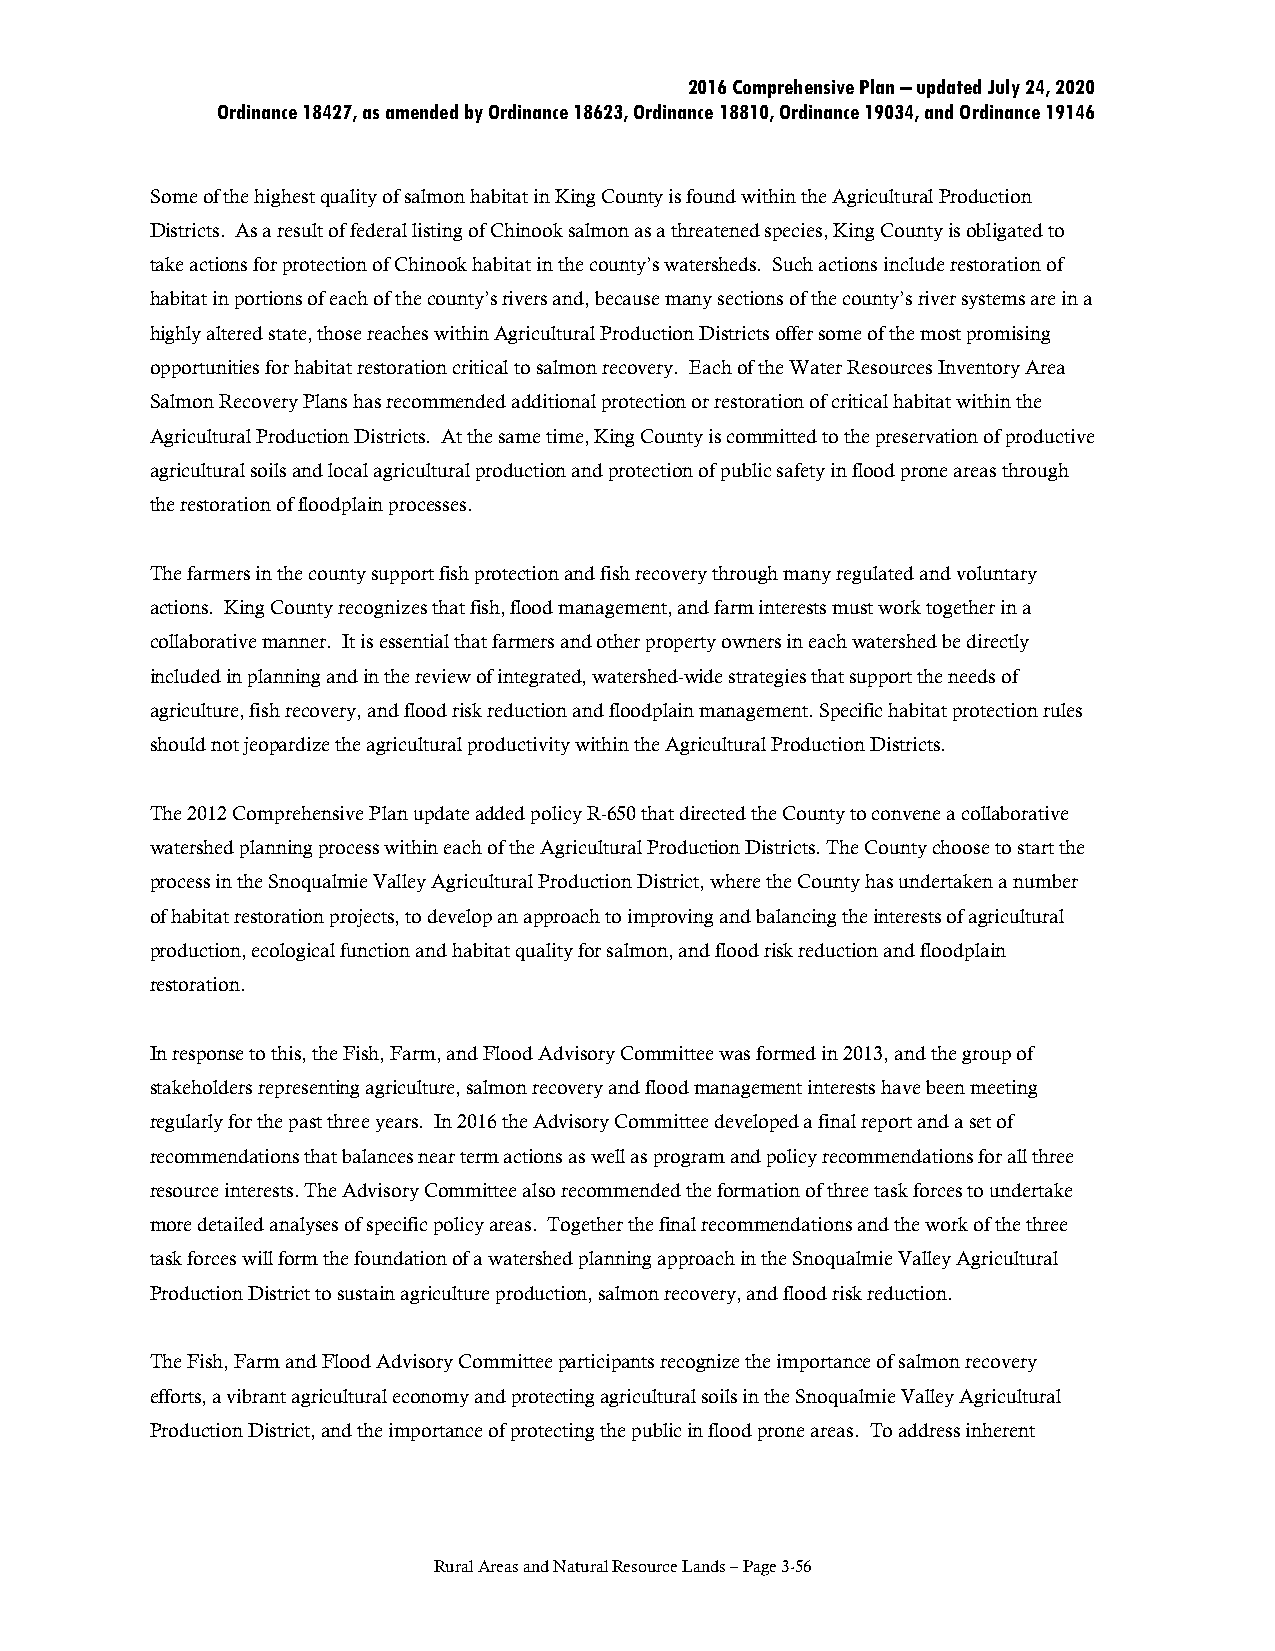
2016 Comprehensive Plan – updated July 24, 2020
 Ordinance 18427, as amended by Ordinance 18623, Ordinance 18810, Ordinance 19034, and Ordinance 19146
 Some of the highest quality of salmon habitat in King County is found within the Agricultural Production
 Districts. As a result of federal listing of Chinook salmon as a threatened species, King County is obligated to
 take actions for protection of Chinook habitat in the county’s watersheds. Such actions include restoration of
 habitat in portions of each of the county’s rivers and, because many sections of the county’s river systems are in a
 highly altered state, those reaches within Agricultural Production Districts offer some of the most promising
 opportunities for habitat restoration critical to salmon recovery. Each of the Water Resources Inventory Area
 Salmon Recovery Plans has recommended additional protection or restoration of critical habitat within the
 Agricultural Production Districts. At the same time, King County is committed to the preservation of productive
 agricultural soils and local agricultural production and protection of public safety in flood prone areas through
 the restoration of floodplain processes.
 The farmers in the county support fish protection and fish recovery through many regulated and voluntary
 actions. King County recognizes that fish, flood management, and farm interests must work together in a
 collaborative manner. It is essential that farmers and other property owners in each watershed be directly
 included in planning and in the review of integrated, watershed-wide strategies that support the needs of
 agriculture, fish recovery, and flood risk reduction and floodplain management. Specific habitat protection rules
 should not jeopardize the agricultural productivity within the Agricultural Production Districts.
 The 2012 Comprehensive Plan update added policy R-650 that directed the County to convene a collaborative
 watershed planning process within each of the Agricultural Production Districts. The County choose to start the
 process in the Snoqualmie Valley Agricultural Production District, where the County has undertaken a number
 of habitat restoration projects, to develop an approach to improving and balancing the interests of agricultural
 production, ecological function and habitat quality for salmon, and flood risk reduction and floodplain
 restoration.
 In response to this, the Fish, Farm, and Flood Advisory Committee was formed in 2013, and the group of
 stakeholders representing agriculture, salmon recovery and flood management interests have been meeting
 regularly for the past three years. In 2016 the Advisory Committee developed a final report and a set of
 recommendations that balances near term actions as well as program and policy recommendations for all three
 resource interests. The Advisory Committee also recommended the formation of three task forces to undertake
 more detailed analyses of specific policy areas. Together the final recommendations and the work of the three
 task forces will form the foundation of a watershed planning approach in the Snoqualmie Valley Agricultural
 Production District to sustain agriculture production, salmon recovery, and flood risk reduction.
 The Fish, Farm and Flood Advisory Committee participants recognize the importance of salmon recovery
 efforts, a vibrant agricultural economy and protecting agricultural soils in the Snoqualmie Valley Agricultural
 Production District, and the importance of protecting the public in flood prone areas. To address inherent
 Rural Areas and Natural Resource Lands – Page 3-56